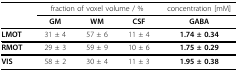
<table><thead><tr><td></td><td colspan="3"><b>fraction of voxel volume / %</b></td><td><b>concentration [mM]</b></td></tr><tr><td></td><td><b>GM</b></td><td><b>WM</b></td><td><b>CSF</b></td><td><b>GABA</b></td></tr></thead><tbody><tr><td><b>LMOT</b></td><td>31 ± 4</td><td>57 ± 6</td><td>11 ± 4</td><td><b>1.74 ± 0.34</b></td></tr><tr><td><b>RMOT</b></td><td>29 ± 3</td><td>59 ± 9</td><td>10 ± 6</td><td><b>1.75 ± 0.29</b></td></tr><tr><td><b>VIS</b></td><td>58 ± 2</td><td>30 ± 4</td><td>11 ± 3</td><td><b>1.95 ± 0.38</b></td></tr></tbody></table>